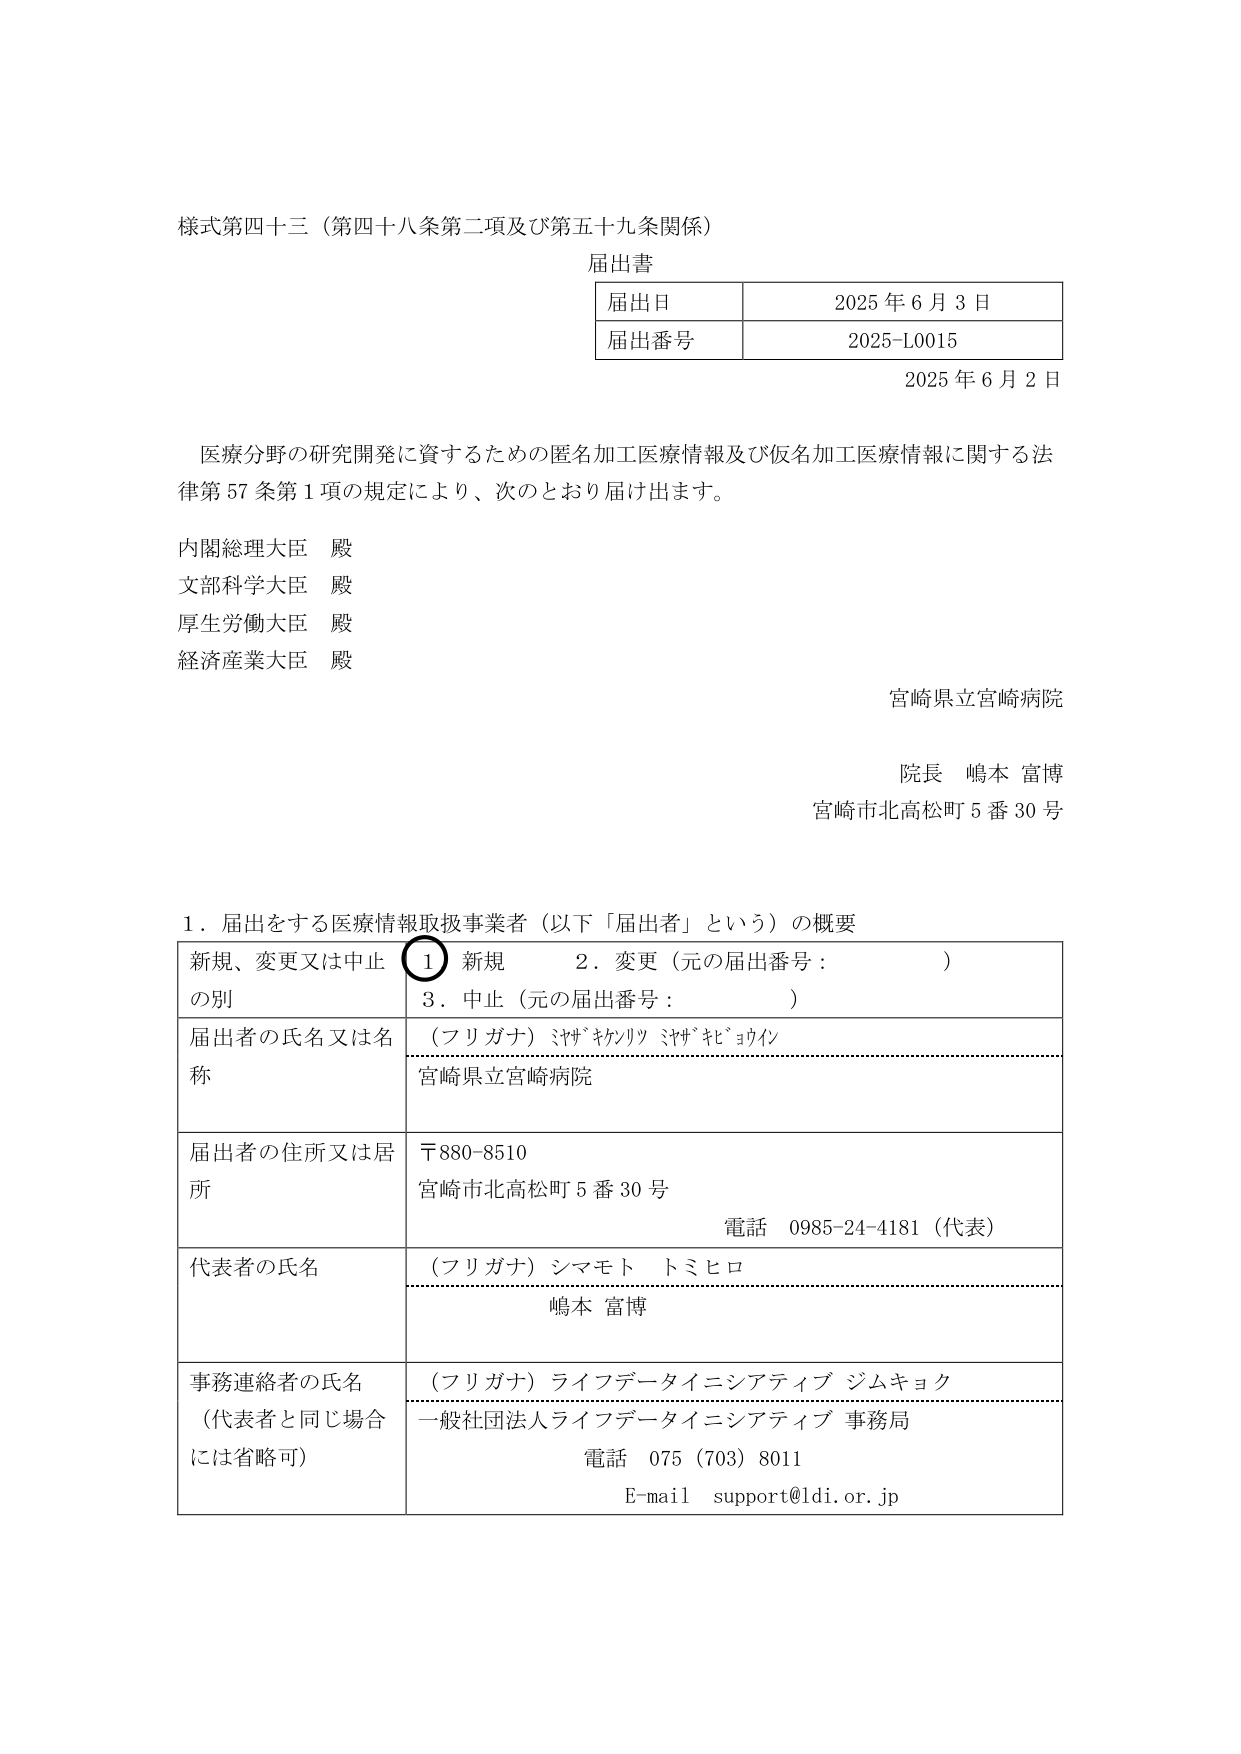
様式第四十三（第四十八条第二項及び第五十九条関係）

届出書

| 届出日 | 2025年6月3日 |
| 届出番号 | 2025-L0015 |

2025年6月2日

医療分野の研究開発に資するための匿名加工医療情報及び仮名加工医療情報に関する法律第57条第1項の規定により、次のとおり届け出ます。

内閣総理大臣 殿
文部科学大臣 殿
厚生労働大臣 殿
経済産業大臣 殿

宮崎県立宮崎病院

院長 嶋本 富博
宮崎市北高松町5番30号

1．届出をする医療情報取扱事業者（以下「届出者」という）の概要

| 新規、変更又は中止の別 | 1 新規　2．変更（元の届出番号：　　　　）　3．中止（元の届出番号：　　　　） |
|--------------------------|-----------------------------------------------------------------------------|
| 届出者の氏名又は名称     | （フリガナ）ミヤザキケンリツ ミヤザキビョウイン<br>宮崎県立宮崎病院 |
| 届出者の住所又は居所     | 〒880-8510<br>宮崎市北高松町5番30号<br>電話　0985-24-4181（代表） |
| 代表者の氏名             | （フリガナ）シマモト トミヒロ<br>嶋本 富博 |
| 事務連絡者の氏名（代表者と同じ場合には省略可） | （フリガナ）ライフデータイニシアティブ ジムキョク<br>一般社団法人ライフデータイニシアティブ 事務局<br>電話　075（703）8011<br>E-mail　support@ldi.or.jp |